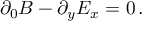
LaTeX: \partial _ { 0 } B - \partial _ { y } E _ { x } = 0 \, .